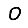
Digit: 0